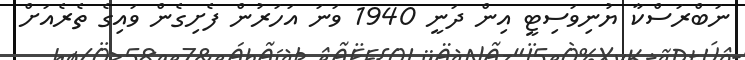
ނަބްރަސްކާ ޔުނިވަސިޓީ އިން ދަނީ 1940 ވަނަ އަހަރުން ފެށިގެން ވައިގެ ތެރެއަށް